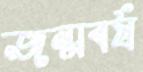
জন্মবর্ষ